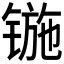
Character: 𰾢